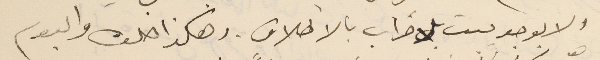
ولا يوجد بيت بلا خراب بالاطلاق. وهكذا خلت والبوم